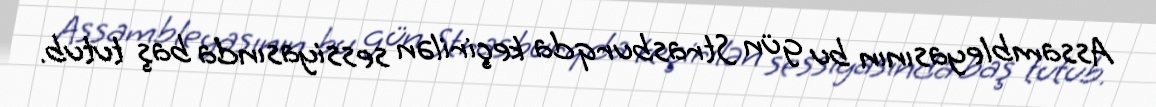
Assambleyasının bu gün Strasburqda keçirilən sessiyasında baş tutub.